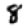
Digit: 8